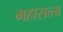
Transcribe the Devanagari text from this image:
महासत्त्व